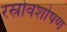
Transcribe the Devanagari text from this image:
रस्रोवशोषण